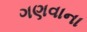
ગણવાના